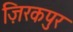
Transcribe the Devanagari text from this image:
ज़िरकपुर